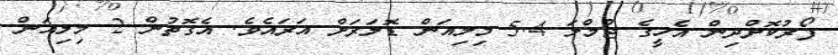
ފޯރުކޮށްދިން އެހީގެ ޖުމްލަ 5.4 މިލިއަން ޑޮލަރަށް އަރައެވެ. އެގޮތުން 2 މިލިއަން